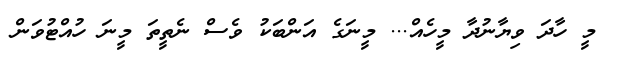
މީ ހާދަ ވިޔާނުދާ މީހެއް... މީނަގެ އަންބަކު ވެސް ނެތީތަ މީނަ ހުއްޓުވަން